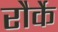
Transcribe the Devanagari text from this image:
रौर्के